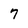
Character: 7